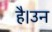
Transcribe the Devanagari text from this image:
है।उन